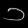
Digit: ၁